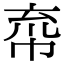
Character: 𢂙